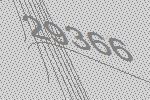
29366